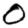
Digit: 0